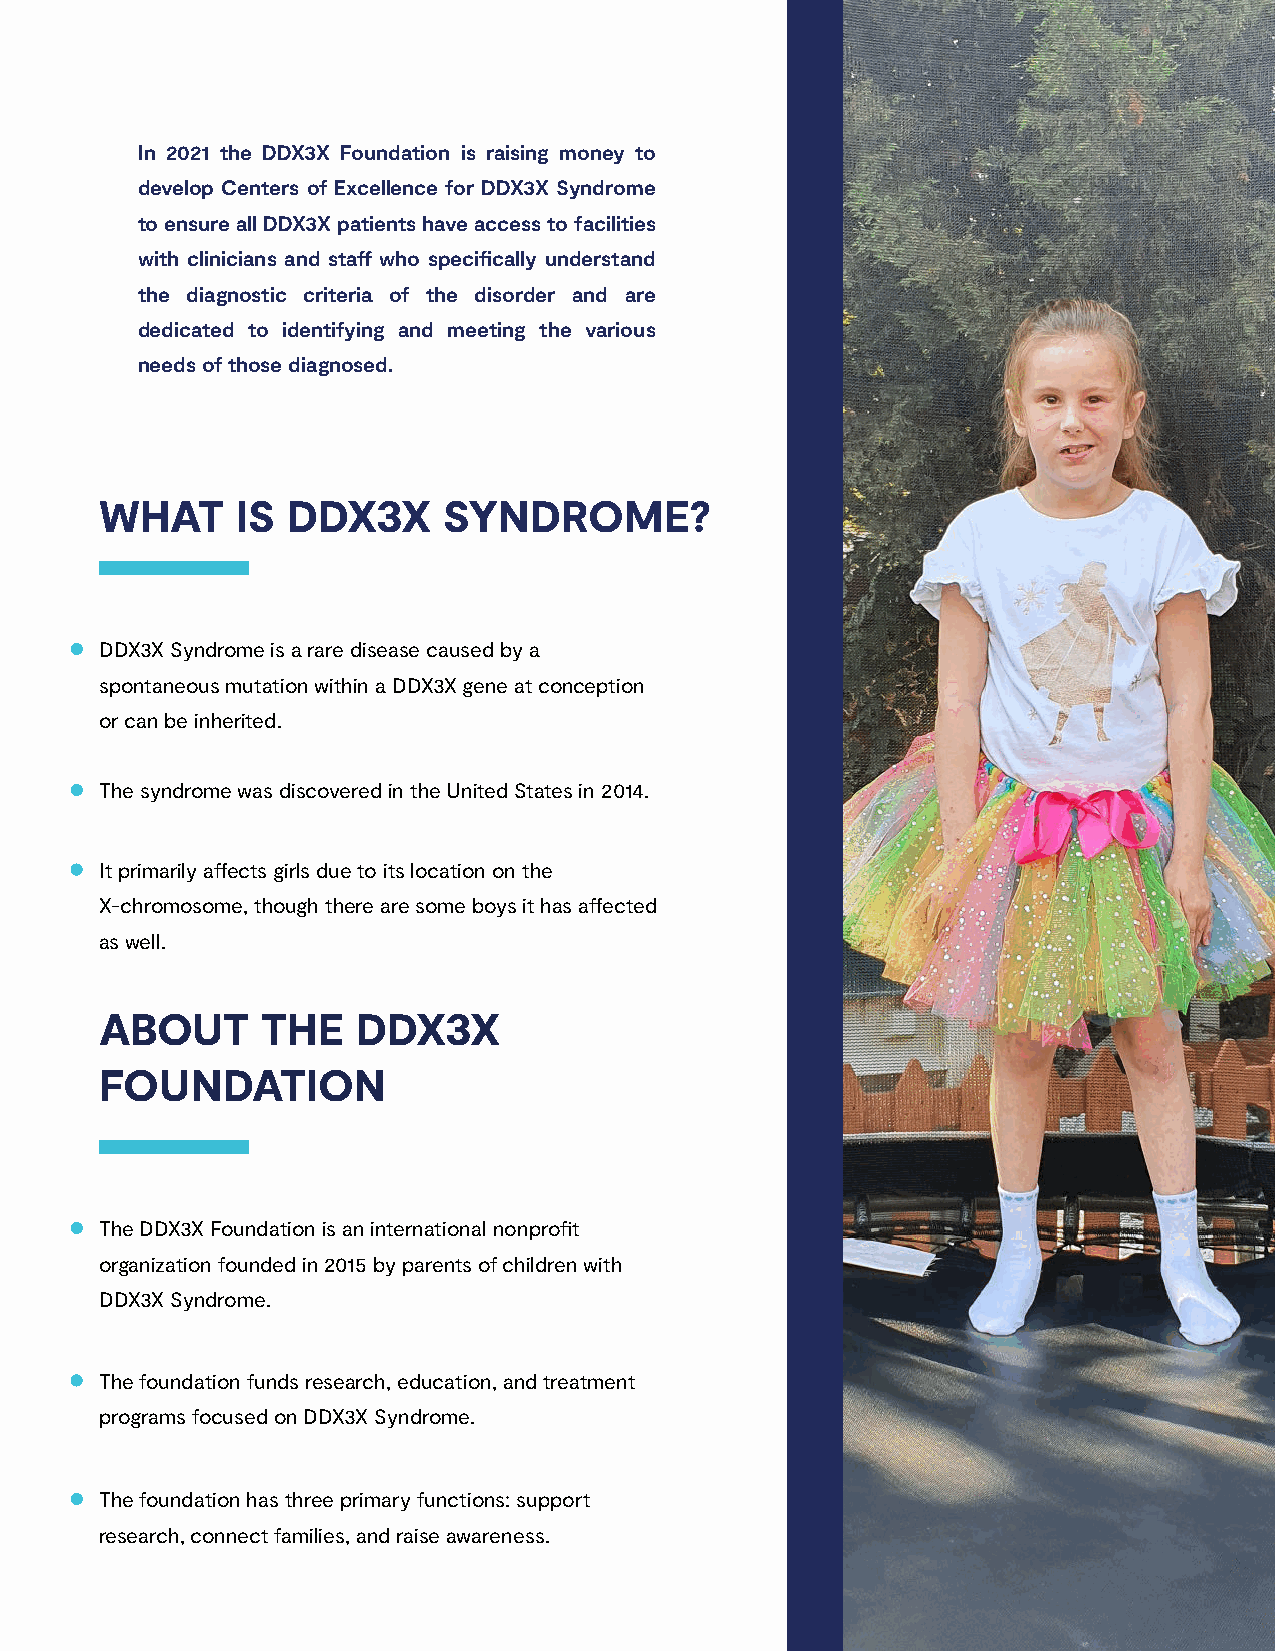
In 2021 the DDX3X Foundation is raising money to
 develop Centers of Excellence for DDX3X Syndrome
 to ensure all DDX3X patients have access to facilities
 with clinicians and staff who specifically understand
 the diagnostic criteria of the disorder and are
 dedicated to identifying and meeting the various
 needs of those diagnosed.
 WHAT     IS DDX3X     SYNDROME?
 DDX3X Syndrome is a rare disease caused by a
 spontaneous mutation within a DDX3X gene at conception
 or can be inherited.
 The syndrome was discovered in the United States in 2014.
 It primarily affects girls due to its location on the
 X-chromosome, though there are some boys it has affected
 as well.
 ABOUT     THE    DDX3X
 FOUNDATION
 The DDX3X Foundation is an international nonprofit
 organization founded in 2015 by parents of children with
 DDX3X Syndrome.
 The foundation funds research, education, and treatment
 programs focused on DDX3X Syndrome.
 The foundation has three primary functions: support
 research, connect families, and raise awareness.